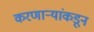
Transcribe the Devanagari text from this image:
करणाऱ्यांकडून